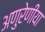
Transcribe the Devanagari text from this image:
अणुरेणीया